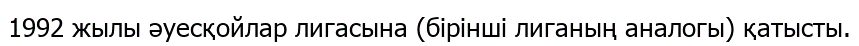
1992 жылы әуесқойлар лигасына (бірінші лиганың аналогы) қатысты.